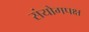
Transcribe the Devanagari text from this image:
संयोगपक्ष